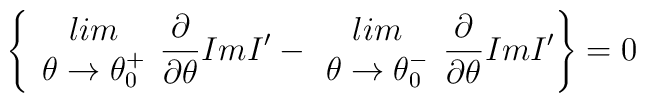
\left\{ \begin{array}{c}lim\\\theta \rightarrow \theta ^{+}_{0}\end{array}\frac{\partial }{\partial \theta }ImI'-\begin{array}{c}lim\\\theta \rightarrow \theta ^{-}_{0}\end{array}\frac{\partial }{\partial \theta }ImI'\right\} =0